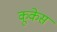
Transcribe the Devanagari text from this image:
कूकेस